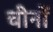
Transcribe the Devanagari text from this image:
चीनों